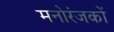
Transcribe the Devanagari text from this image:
मनोरंजकों